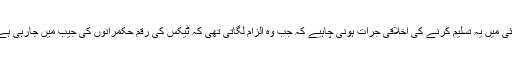
لیکن پھر پی ٹی آئی میں یہ تسلیم کرنے کی اخلاقی جرات ہونی چاہیے کہ جب وہ الزام لگاتی تھی کہ ٹیکس کی رقم حکمرانوں کی جیب میں جارہی ہے تو وہ غلط تھی ۔